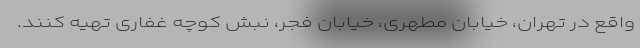
واقع در تهران، خیابان مطهری، خیابان فجر، نبش کوچه غفاری تهیه کنند.